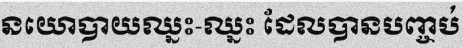
នយោបាយឈ្នះ-ឈ្នះ ដែលបានបញ្ចប់